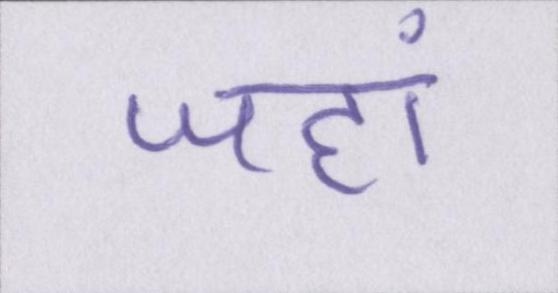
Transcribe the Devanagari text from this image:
जहां